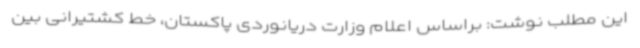
این مطلب نوشت: براساس اعلام وزارت دریانوردی پاکستان، خط کشتیرانی بین